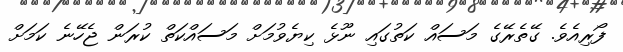
ފޯރިއެވެ. ގޭތެެރޭގެ މަސައް ކަތުގައި ނޫޅެ ކިޔެވުމަށް މަސައްކަތް ކުރަން ޖެހޭނެ ކަމަށް